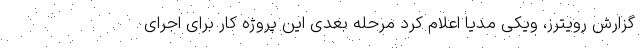
گزارش رویترز، ویکی مدیا اعلام کرد مرحله بعدی این پروژه کار برای اجرای